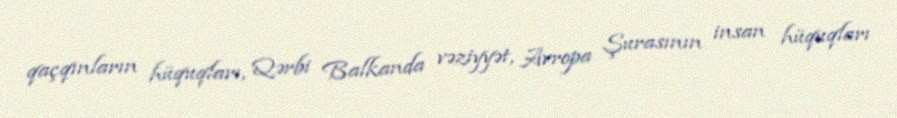
qaçqınların hüquqları, Qərbi Balkanda vəziyyət, Avropa Şurasının insan hüquqları